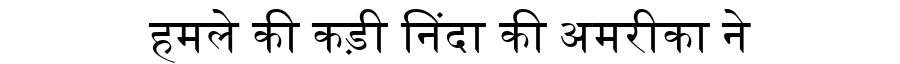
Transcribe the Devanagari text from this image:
हमले की कड़ी निंदा की अमरीका ने